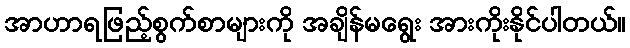
အာဟာရဖြည့်စွက်စာများကို အချိန်မရွေး အားကိုးနိုင်ပါတယ်။